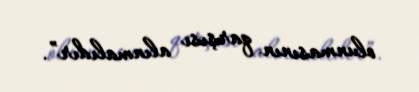
olunmasının qarşısı alınmalıdır”.